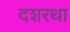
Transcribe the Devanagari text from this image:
दशरथा